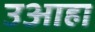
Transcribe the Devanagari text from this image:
उआहा